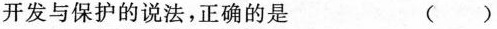
开发与保护的说法，正确的是 ( )